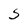
Character: 5